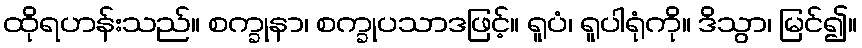
ထိုရဟန်းသည်။ စက္ခုနာ၊ စက္ခုပသာဒဖြင့်။ ရူပံ၊ ရူပါရုံကို။ ဒိသွာ၊ မြင်၍။